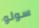
سولو